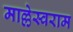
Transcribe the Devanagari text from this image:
माल्लेस्वराम